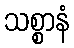
သစ္စာနံ